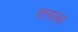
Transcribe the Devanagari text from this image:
रानल्ड